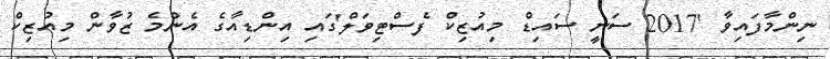
ނިންމާފައިވާ '2017 ސަނީ ސައިޑް މިއުޒިކް ފެސްޓިވަލް'ގައި އިންޑިއާގެ އެންމެ ޒުވާން މިއުޒިކް